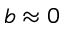
b \approx 0